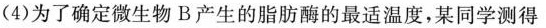
(4)为了确定微生物B产生的脂肪酶的最适温度，某同学测得